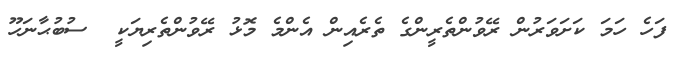
ފަހެ ހަމަ ކަށަވަރުން ރޭވުންތެރީންގެ ތެރެއިން އެންމެ މޮޅު ރޭވުންތެރިޔަކީ  ސުބުޙާނަހޫ